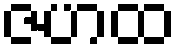
ဇဟထ